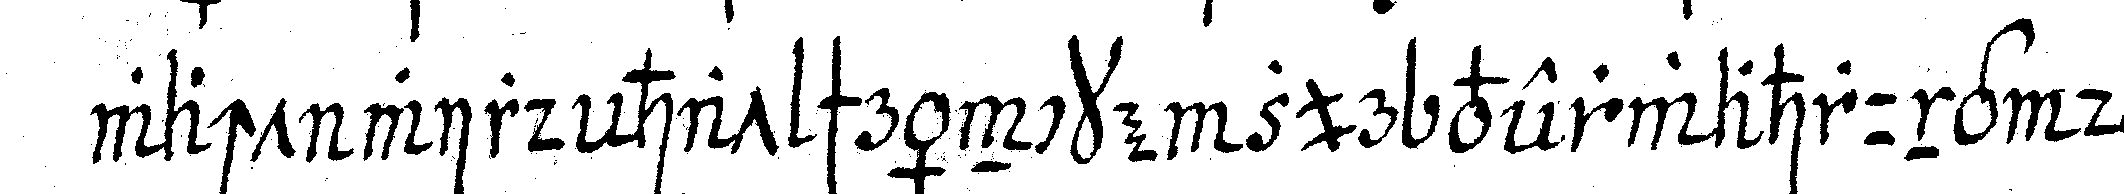
wacht wird hat schräncke zur verwahrung der